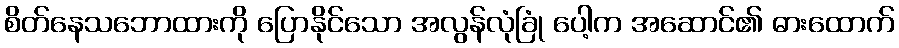
စိတ်နေသဘောထားကို ပြောနိုင်သော အလွန်လုံခြုံ ပေါ့က အဆောင်၏ ဓားထောက်